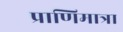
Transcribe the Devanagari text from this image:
प्राणिमात्रा